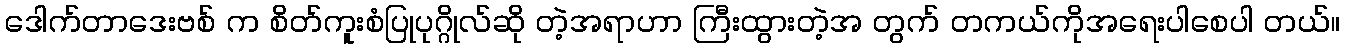
ဒေါက်တာဒေးဗစ် က စိတ်ကူးစံပြုပုဂ္ဂိုလ်ဆို တဲ့အရာဟာ ကြီးထွားတဲ့အ တွက် တကယ်ကိုအရေးပါစေပါ တယ်။